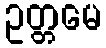
ဥတ္တမေ